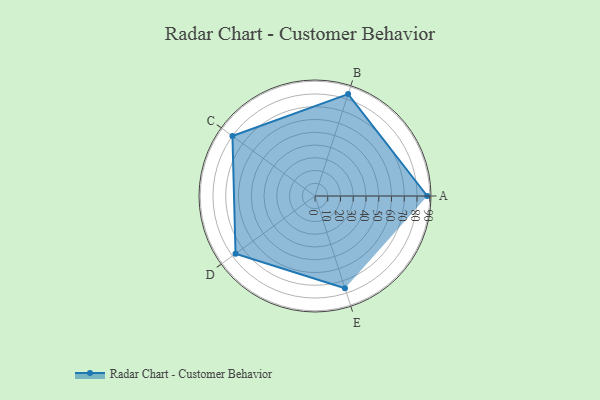
{"axis": {"x": "Skill", "y": "Score"}, "legend": ["Profile"], "data": [{"x": "A", "y": 88.0, "type": "Profile"}, {"x": "B", "y": 84.0, "type": "Profile"}, {"x": "C", "y": 80.0, "type": "Profile"}, {"x": "D", "y": 77.0, "type": "Profile"}, {"x": "E", "y": 76.0, "type": "Profile"}]}